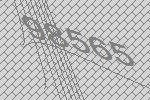
98565